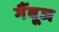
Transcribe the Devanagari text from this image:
गैंबूज